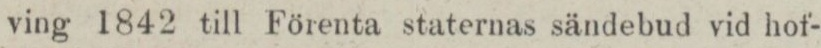
ving 1842 till Förenta staternas sändebud vid hof-